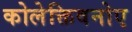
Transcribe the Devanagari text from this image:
कोलेक्तिवनोए